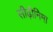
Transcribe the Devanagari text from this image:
सीढ़ीनिमा